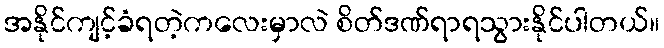
အနိုင်ကျင့်ခံရတဲ့ကလေးမှာလဲ စိတ်ဒဏ်ရာရသွားနိုင်ပါတယ်။